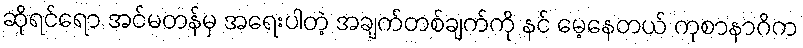
ဆိုရင်ရော အင်မတန်မှ အရေးပါတဲ့ အချက်တစ်ချက်ကို နင် မေ့နေတယ် ကုစာနာဂိက